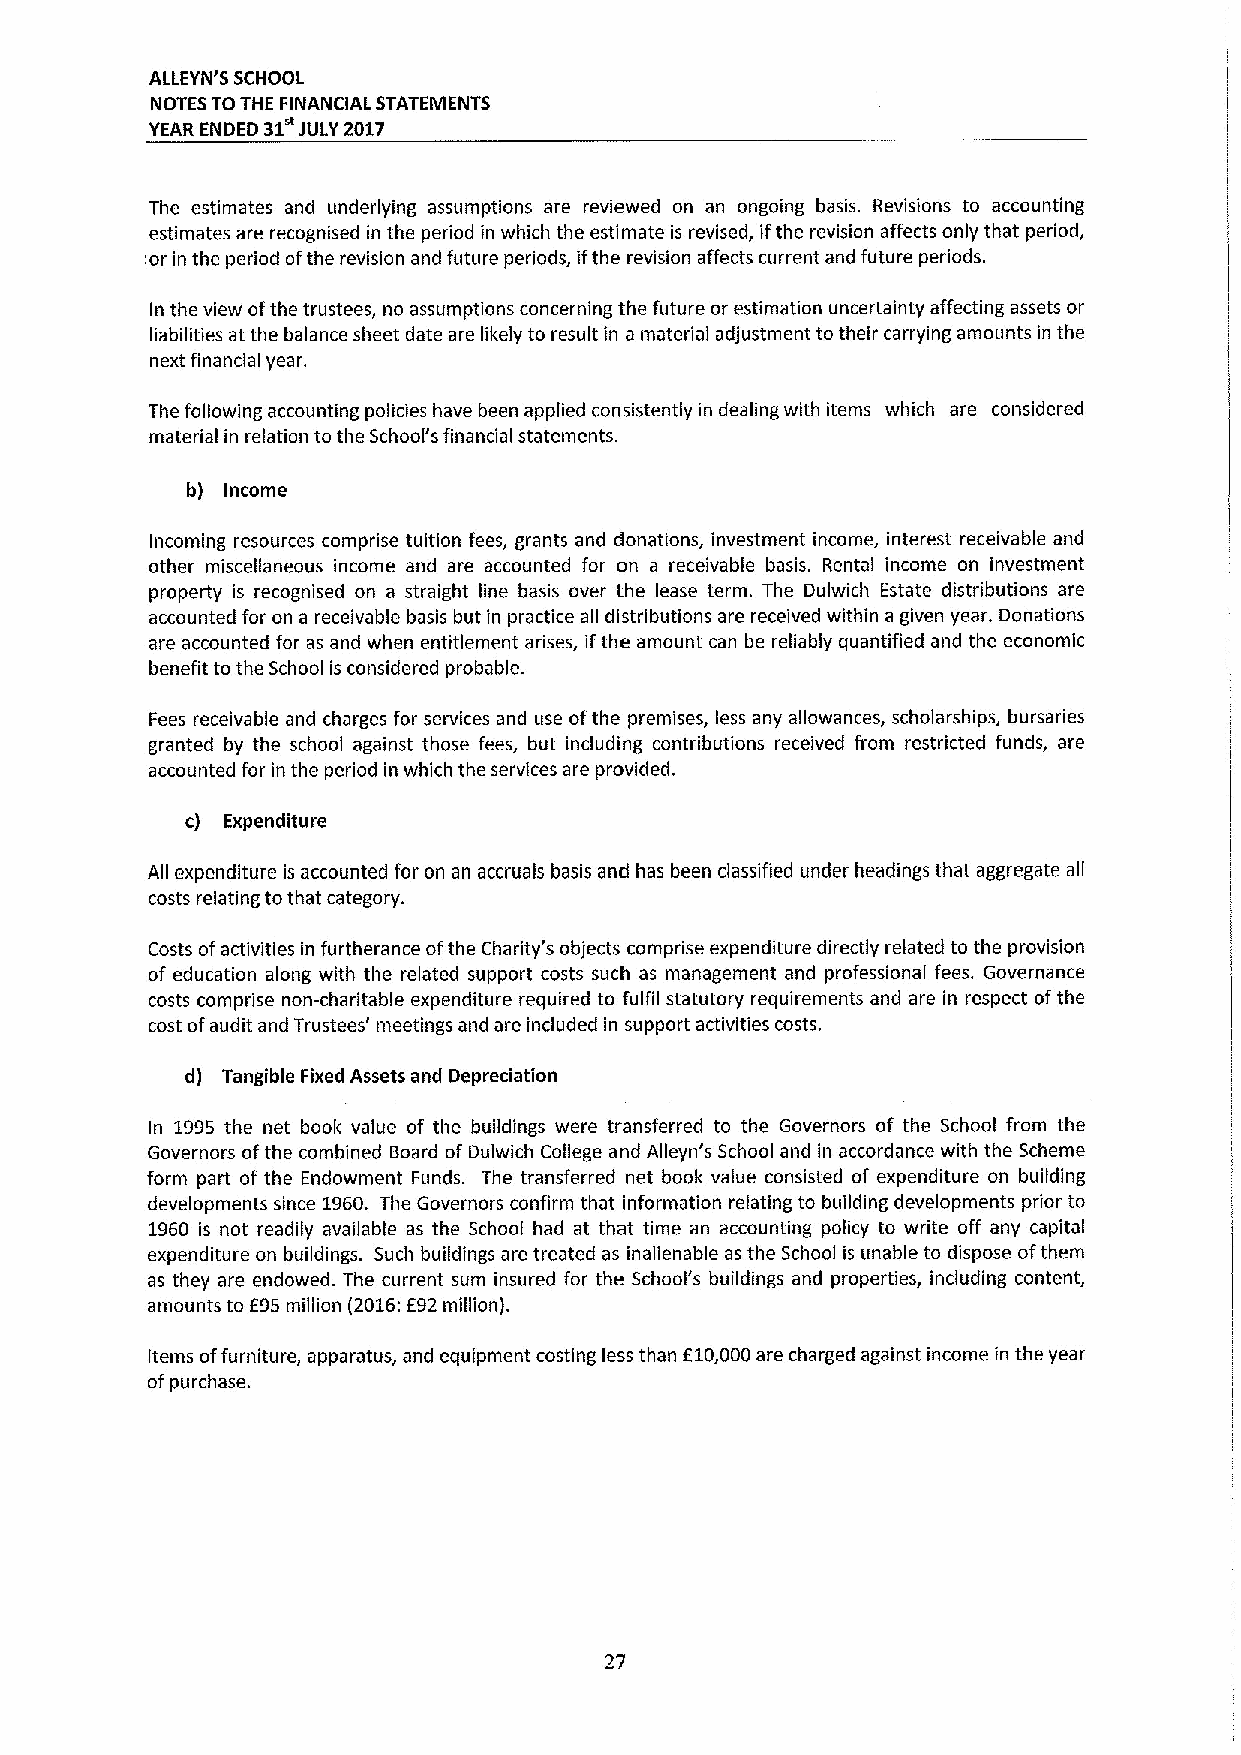
ALLEYN'S SCHOOL
 NOTES TOTHE FINANCIAL STATEMENTS
 YEAR ENDED 31 JULY 2017
 The estimates and underlying assumptions are reviewed on an ongoing basis. Revisions to accounting
 estimates are recognised in the period in which the estimate is revised, ifthe revision affects only that period,
 d'or in the period ofthe revision and future periods, ifthe revision affects current and future periods.
 In the view ofthe trustees, no assumptions concerning the future or estimation uncertainty affecting assets or
 liabilities at the balance sheet date are likely to result in a material adjustment to their carrying amounts in the
 next financial year.
 The following accounting policies have been applied consistently in dealing with items which are considered
 material in relation to the School's financial statements.
 b) Income
 Incoming resources comprise tuition fees, grants and donations, investment income, interest receivable and
 other miscellaneous income and are accounted for on a receivable basis. Rental income on investment
 property is recognised on a straight line basis over the lease term. The Dulwich Estate distributions are
 accounted for on a receivable basis but in practice all distributions are received within a given year. Donations
 are accounted for as and when entitlement arises, ifthe amount can be reliably quantified and the economic
 benefit to the School is considered probable.
 Fees receivable and charges for services and use ofthe premises, less any allowances, scholarships, bursaries
 granted by the school against those fees, but including contributions received from restricted funds, are
 accounted for in the period in which the services are provided.
 c) Expenditure
 All expenditure is accounted for on an accruals basis and has been classified under headings that aggregate all
 costs relating tothat category.
 Costs ofactivities in furtherance ofthe Charity's objects comprise expenditure directly related to the provision
 of education along with the related support costs such as management and professional fees. Governance
 costs comprise non-charitable expenditure required to fulfil statutory requirements and are in respect ofthe
 cost ofaudit and Trustees' meetings and are included in support activities costs.
 d) Tangible Fixed Assets and Depreciation
 In 1995 the net book value of the buildings were transferred to the Governors of the School from the
 Governors ofthe combined Board of Dulwich College and Alleyn's School and in accordance with the Scheme
 form part of the Endowment Funds. The transferred net book value consisted of expenditure on building
 developments since 1960. The Governors confirm that information relating to building developments prior to
 1960 is not readily available as the School had at that time an accounting policy to write off any capital
 expenditure on buildings. Such buildings are treated as inalienable as the School is unable to dispose ofthem
 as they are endowed. The current sum insured for the School's buildings and properties, including content,
 amounts to E95million (2016:E92million).
 Items offurniture, apparatus, and equipment costing less than f10,000are charged against income in the year
 ofpurchase.
 27